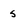
Character: s